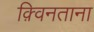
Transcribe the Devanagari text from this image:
क़्विनताना